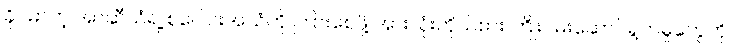
ခိုင်မာတဲ့ အာဆီယံရဲ့ စုပေါင်းအသံကို ကြားစေဖို့ အားလုံးကိုယ်စား ကြိုးပမ်းဆောင်ရွက်မှုတွေကို